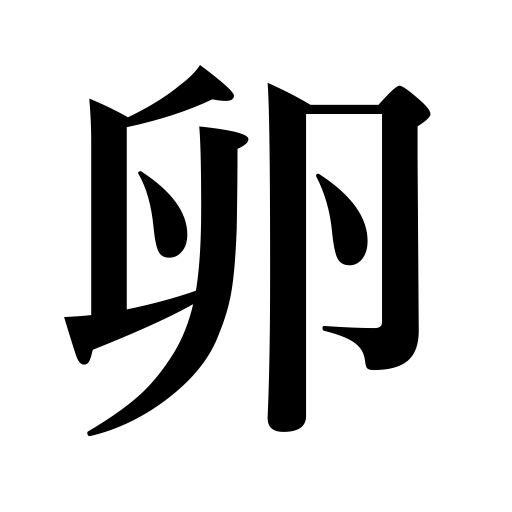
Meanings: ovum,egg,roe,an expert in the making,spawn